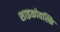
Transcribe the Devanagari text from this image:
शाइकोवस्कि